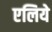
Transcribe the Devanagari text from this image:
एलिये